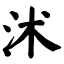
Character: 沭